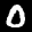
Label: 0